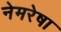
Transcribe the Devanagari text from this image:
नेमरेषा